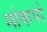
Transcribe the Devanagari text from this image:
मोकपो